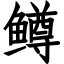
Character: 鳟